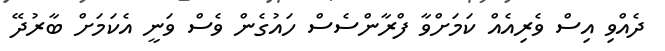
ދެއްވި އިސް ވެރިއެއް ކަމަށްވާ ފްރާންސެސް ހައުގެން ވެސް ވަނީ އެކަމަށް ބާރުދޭ